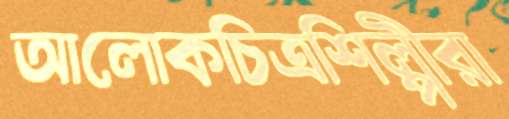
আলোকচিত্রশিল্পীরা